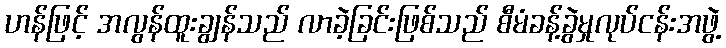
ဟန်ဖြင့် အလွန်ထူးချွန်သည် လာခဲ့ခြင်းဖြစ်သည် စီမံခန့်ခွဲမှုလုပ်ငန်းအဖွဲ့